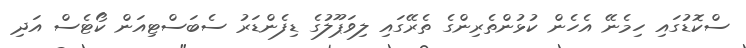
ސްކޮޑުގައި ހިމެނޭ އެހެން ކުޅުންތެރިންގެ ތެރޭގައި ލިވަޕޫލުގެ ޑިފެންޑަރު ސެބަސްޓިއަން ކޯޓެސް އަދި